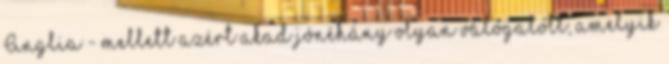
Anglia - mellett azért akad jónéhány olyan válogatott, amelyik